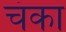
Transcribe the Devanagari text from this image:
चंका